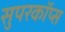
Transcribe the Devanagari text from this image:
सुपरकॉप्स